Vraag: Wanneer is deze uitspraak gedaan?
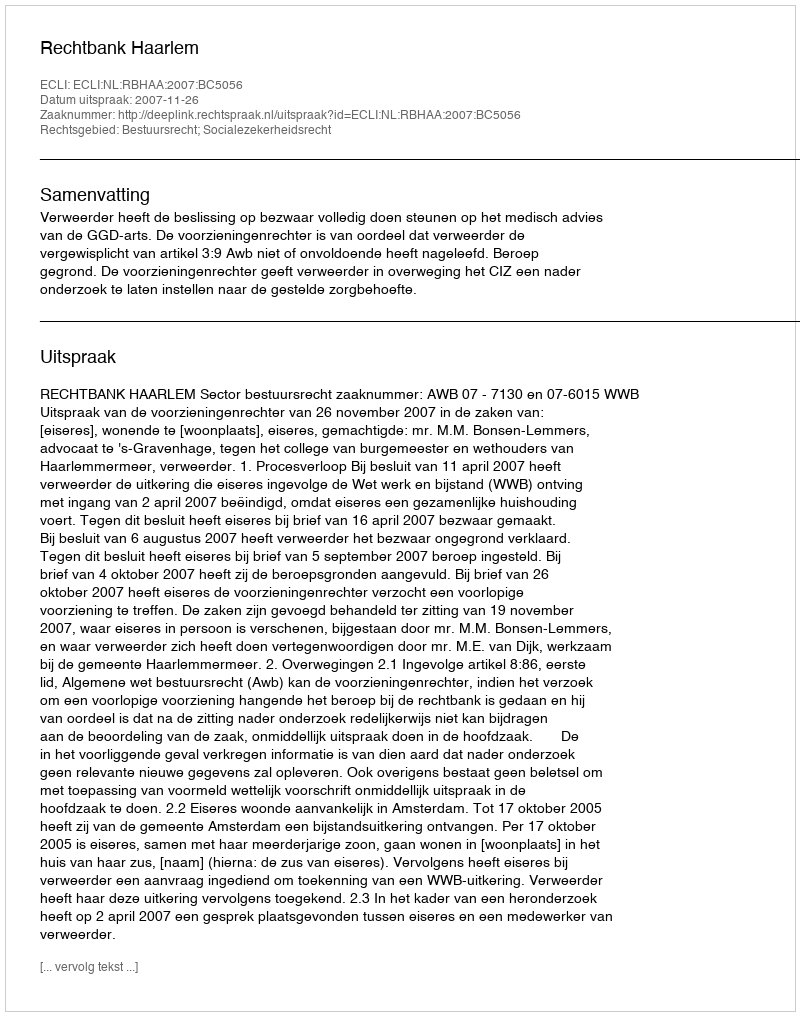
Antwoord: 2007-11-26